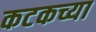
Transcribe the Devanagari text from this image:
कटकच्या